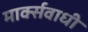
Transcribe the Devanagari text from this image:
मार्क्सवाधी